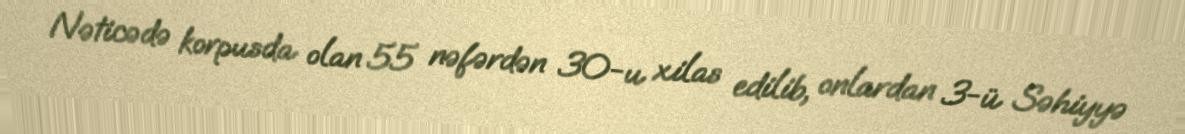
Nəticədə korpusda olan 55 nəfərdən 30-u xilas edilib, onlardan 3-ü Səhiyyə